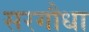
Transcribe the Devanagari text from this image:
सरगौधा